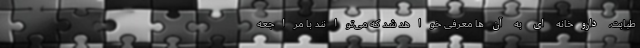
طبابت، داروخانه ای به آن‌ها معرفی خواهد شد که می‌توانند با مراجعه